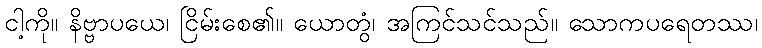
ငါ့ကို။ နိဗ္ဗာပယေ၊ ငြိမ်းစေ၏။ ယောတွံ၊ အကြင်သင်သည်။ သောကပရေတဿ၊